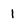
Character: 1